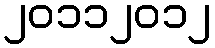
၂၀၁၁၂၀၁၂